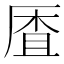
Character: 𱑟